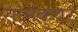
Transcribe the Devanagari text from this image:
सोमंकुवर